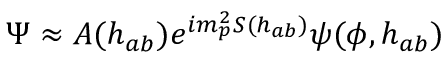
\Psi \approx A ( h _ { a b } ) e ^ { i m _ { p } ^ { 2 } S ( h _ { a b } ) } \psi ( \phi , h _ { a b } )